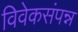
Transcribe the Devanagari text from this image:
विवेकसंपन्न